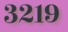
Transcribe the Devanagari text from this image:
३२१९